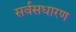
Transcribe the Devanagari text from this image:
सर्वसधारण